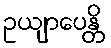
ဥယျာပေန္တိ